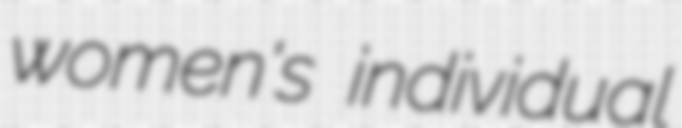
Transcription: women's individual